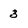
Character: 3